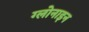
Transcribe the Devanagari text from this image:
ग्लोनाइन